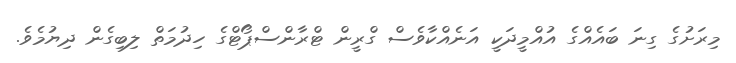
މިރަށުގެ ގިނަ ބައެއްގެ އުއްމީދަކީ އަނެއްކާވެސް ގްރީން ޓްރާންސްޕޯޓްގެ ހިދުމަތް ލިބިގެން ދިޔުމެވެ.